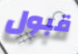
قبول